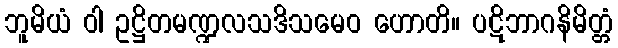
ဘူမိယံ ဝါ ဥဋ္ဌိတမဏ္ဍလသဒိသမေဝ ဟောတိ။ ပဋိဘာဂနိမိတ္တံ